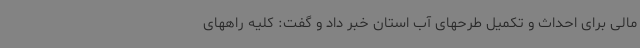
مالی برای احداث و تکمیل طرحهای آب استان خبر داد و گفت: کلیه راههای